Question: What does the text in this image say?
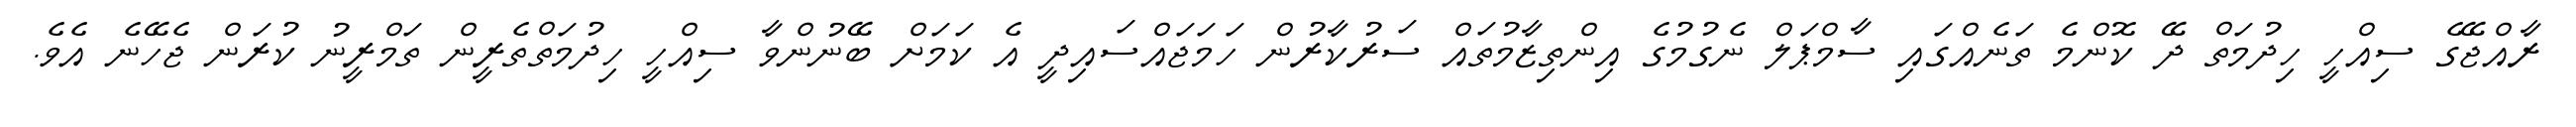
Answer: ރާއްޖޭގެ ސިއްހީ ހިދުމަތް ދޭ ކޮންމެ ތަނެއްގައި ސާމްޕަލް ނެގުމުގެ އިންތިޒާމުތައް ސަރުކާރުން ހަމަޖައްސައިދީ އެ ކަމަށް ބޭނުންވާ ސިއްހީ ހިދުމަތްތެރީން ތަމްރީނު ކުރަން ޖެހޭނެ އެވެ.